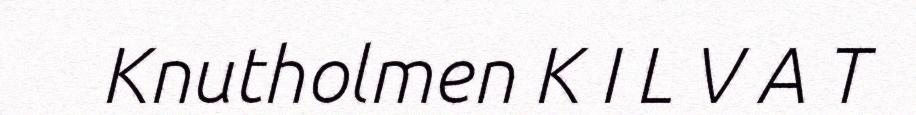
Knutholmen K I L V A T